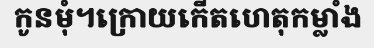
កូនមុំ។ក្រោយកើតហេតុកម្លាំង